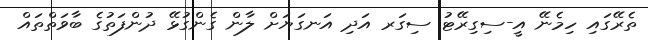
ތެރޭގައި ހިމެނޭ އީ-ސިގިރޭޓު ސިގަރ އަދި އަނގަޔަށް ލާން ގެންގުޅޭ ދުންފަތުގެ ބާވަތްތައް